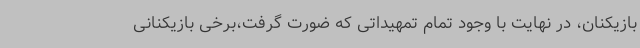
بازیکنان، در نهایت با وجود تمام تمهیداتی که ضورت گرفت،برخی بازیکنانی